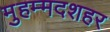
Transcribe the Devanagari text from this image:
मुहम्मदशहर